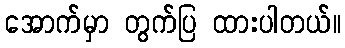
အောက်မှာ တွက်ပြ ထားပါတယ်။